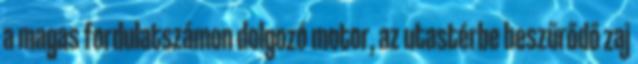
a magas fordulatszámon dolgozó motor, az utastérbe beszűrődő zaj